Report of the Indian Hemp Drugs Commission, 1894-1895 - Volume I
Year: 1894
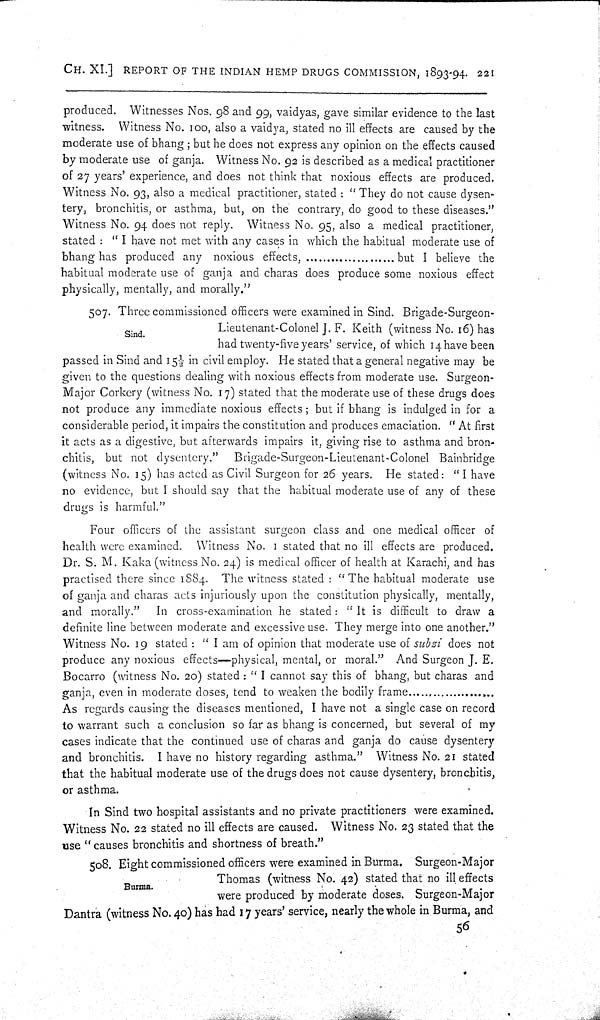
CH. XI.] REPORT OF THE INDIAN HEMP DRUGS COMMISSION, 1893-94. 221
produced. Witnesses Nos. 98 and 99, vaidyas, gave similar evidence to the last
witness. Witness No. 100, also a vaidya, stated no ill effects are caused by the
moderate use of bhang; but he does not express any opinion on the effects caused
by moderate use of ganja. Witness No. 92 is described as a medical practitioner
of 27 years' experience, and does not think that noxious effects are produced.
Witness No. 93, also a medical practitioner, stated: "They do not cause dysen-
tery, bronchitis, or asthma, but, on the contrary, do good to these diseases."
Witness No. 94 does not reply. Witness No. 95, also a medical practitioner,
stated: "I have not met with any cases in which the habitual moderate use of
bhang has produced any noxious effects, ..................... but I believe the
habitual moderate use of ganja and charas does produce some noxious effect
physically, mentally, and morally."
Sind.
507. Three commissioned officers were examined in Sind. Brigade-Surgeon-
Lieutenant-Colonel J. F. Keith (witness No. 16) has
had twenty-five years' service, of which 14 have been
passed in Sind and 15½ in civil employ. He stated that a general negative may be
given to the questions dealing with noxious effects from moderate use. Surgeon-
Major Corkery (witness No. 17) stated that the moderate use of these drugs does
not produce any immediate noxious effects; but if bhang is indulged in for a
considerable period, it impairs the constitution and produces emaciation. "At first
it acts as a digestive, but afterwards impairs it, giving rise to asthma and bron-
chitis, but not dysentery." Brigade-Surgeon-Lieutenant-Colonel Bainbridge
(witness No. 15) has acted as Civil Surgeon for 26 years. He stated: "I have
no evidence, but I should say that the habitual moderate use of any of these
drugs is harmful."
Four officers of the assistant surgeon class and one medical officer of
health were examined. Witness No. 1 stated that no ill effects are produced.
Dr. S. M. Kaka (witness No. 24) is medical officer of health at Karachi, and has
practised there since 1884. The witness stated: "The habitual moderate use
of ganja and charas acts injuriously upon the constitution physically, mentally,
and morally."
In cross-examination he stated: "It is difficult to draw a
definite line between moderate and excessive use. They merge into one another."
Witness No. 19 stated: "I am of opinion that moderate use of subzi does not
produce any noxious effects-physical, mental, or moral." And Surgeon J. E.
Bocarro (witness No. 20) stated: "I cannot say this of bhang, but charas and
ganja, even in moderate doses, tend to weaken the bodily
frame.....................
As regards causing the diseases mentioned, I have not a single case on record
to warrant such a conclusion so far as bhang is concerned, but several of my
cases indicate that the continued use of charas and ganja do cause dysentery
and bronchitis. I have no history regarding asthma." Witness No. 21 stated
that the habitual moderate use of the drugs does not cause dysentery, bronchitis,
or asthma.
In Sind two hospital assistants and no private practitioners were examined.
Witness No. 22 stated no ill effects are caused. Witness No. 23 stated that the
use "causes bronchitis and shortness of breath."
Burma.
508. Eight commissioned officers were examined in Burma. Surgeon-Major
Thomas (witness No. 42) stated that no ill effects
were produced by moderate doses. Surgeon-Major
Dantra (witness No. 40) has had 17 years' service, nearly the whole in Burma, and
56